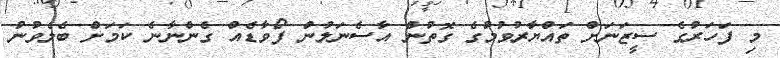
މި ފަހަރުގެ ސީޒަނަށް ތައްޔާރުވުމުގެ ގޮތުން އާސެނަލުން ފޯވާޑެއް ގެންނާނެ ކަމަށް ބެލެވުނު